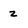
Character: z